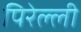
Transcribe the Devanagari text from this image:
पिरेल्ली